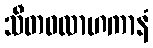
သီတဝလာဟကာနံ